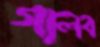
গালব